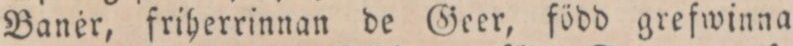
Banér, friherrinnan de Geer, född grefwinna